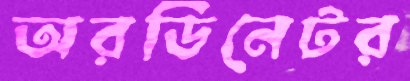
অরডিনেটর